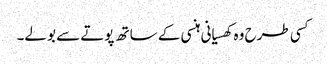
کسی طرح وہ کھسیانی ہنسی کے ساتھ پوتے سے بولے۔